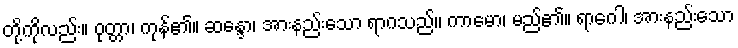
တို့ကိုလည်း။ ဝုတ္တာ၊ ကုန်၏။ ဆန္ဒော၊ အားနည်းသော ရာဂသည်။ ကာမော၊ မည်၏။ ရာဂေါ၊ အားနည်းသော